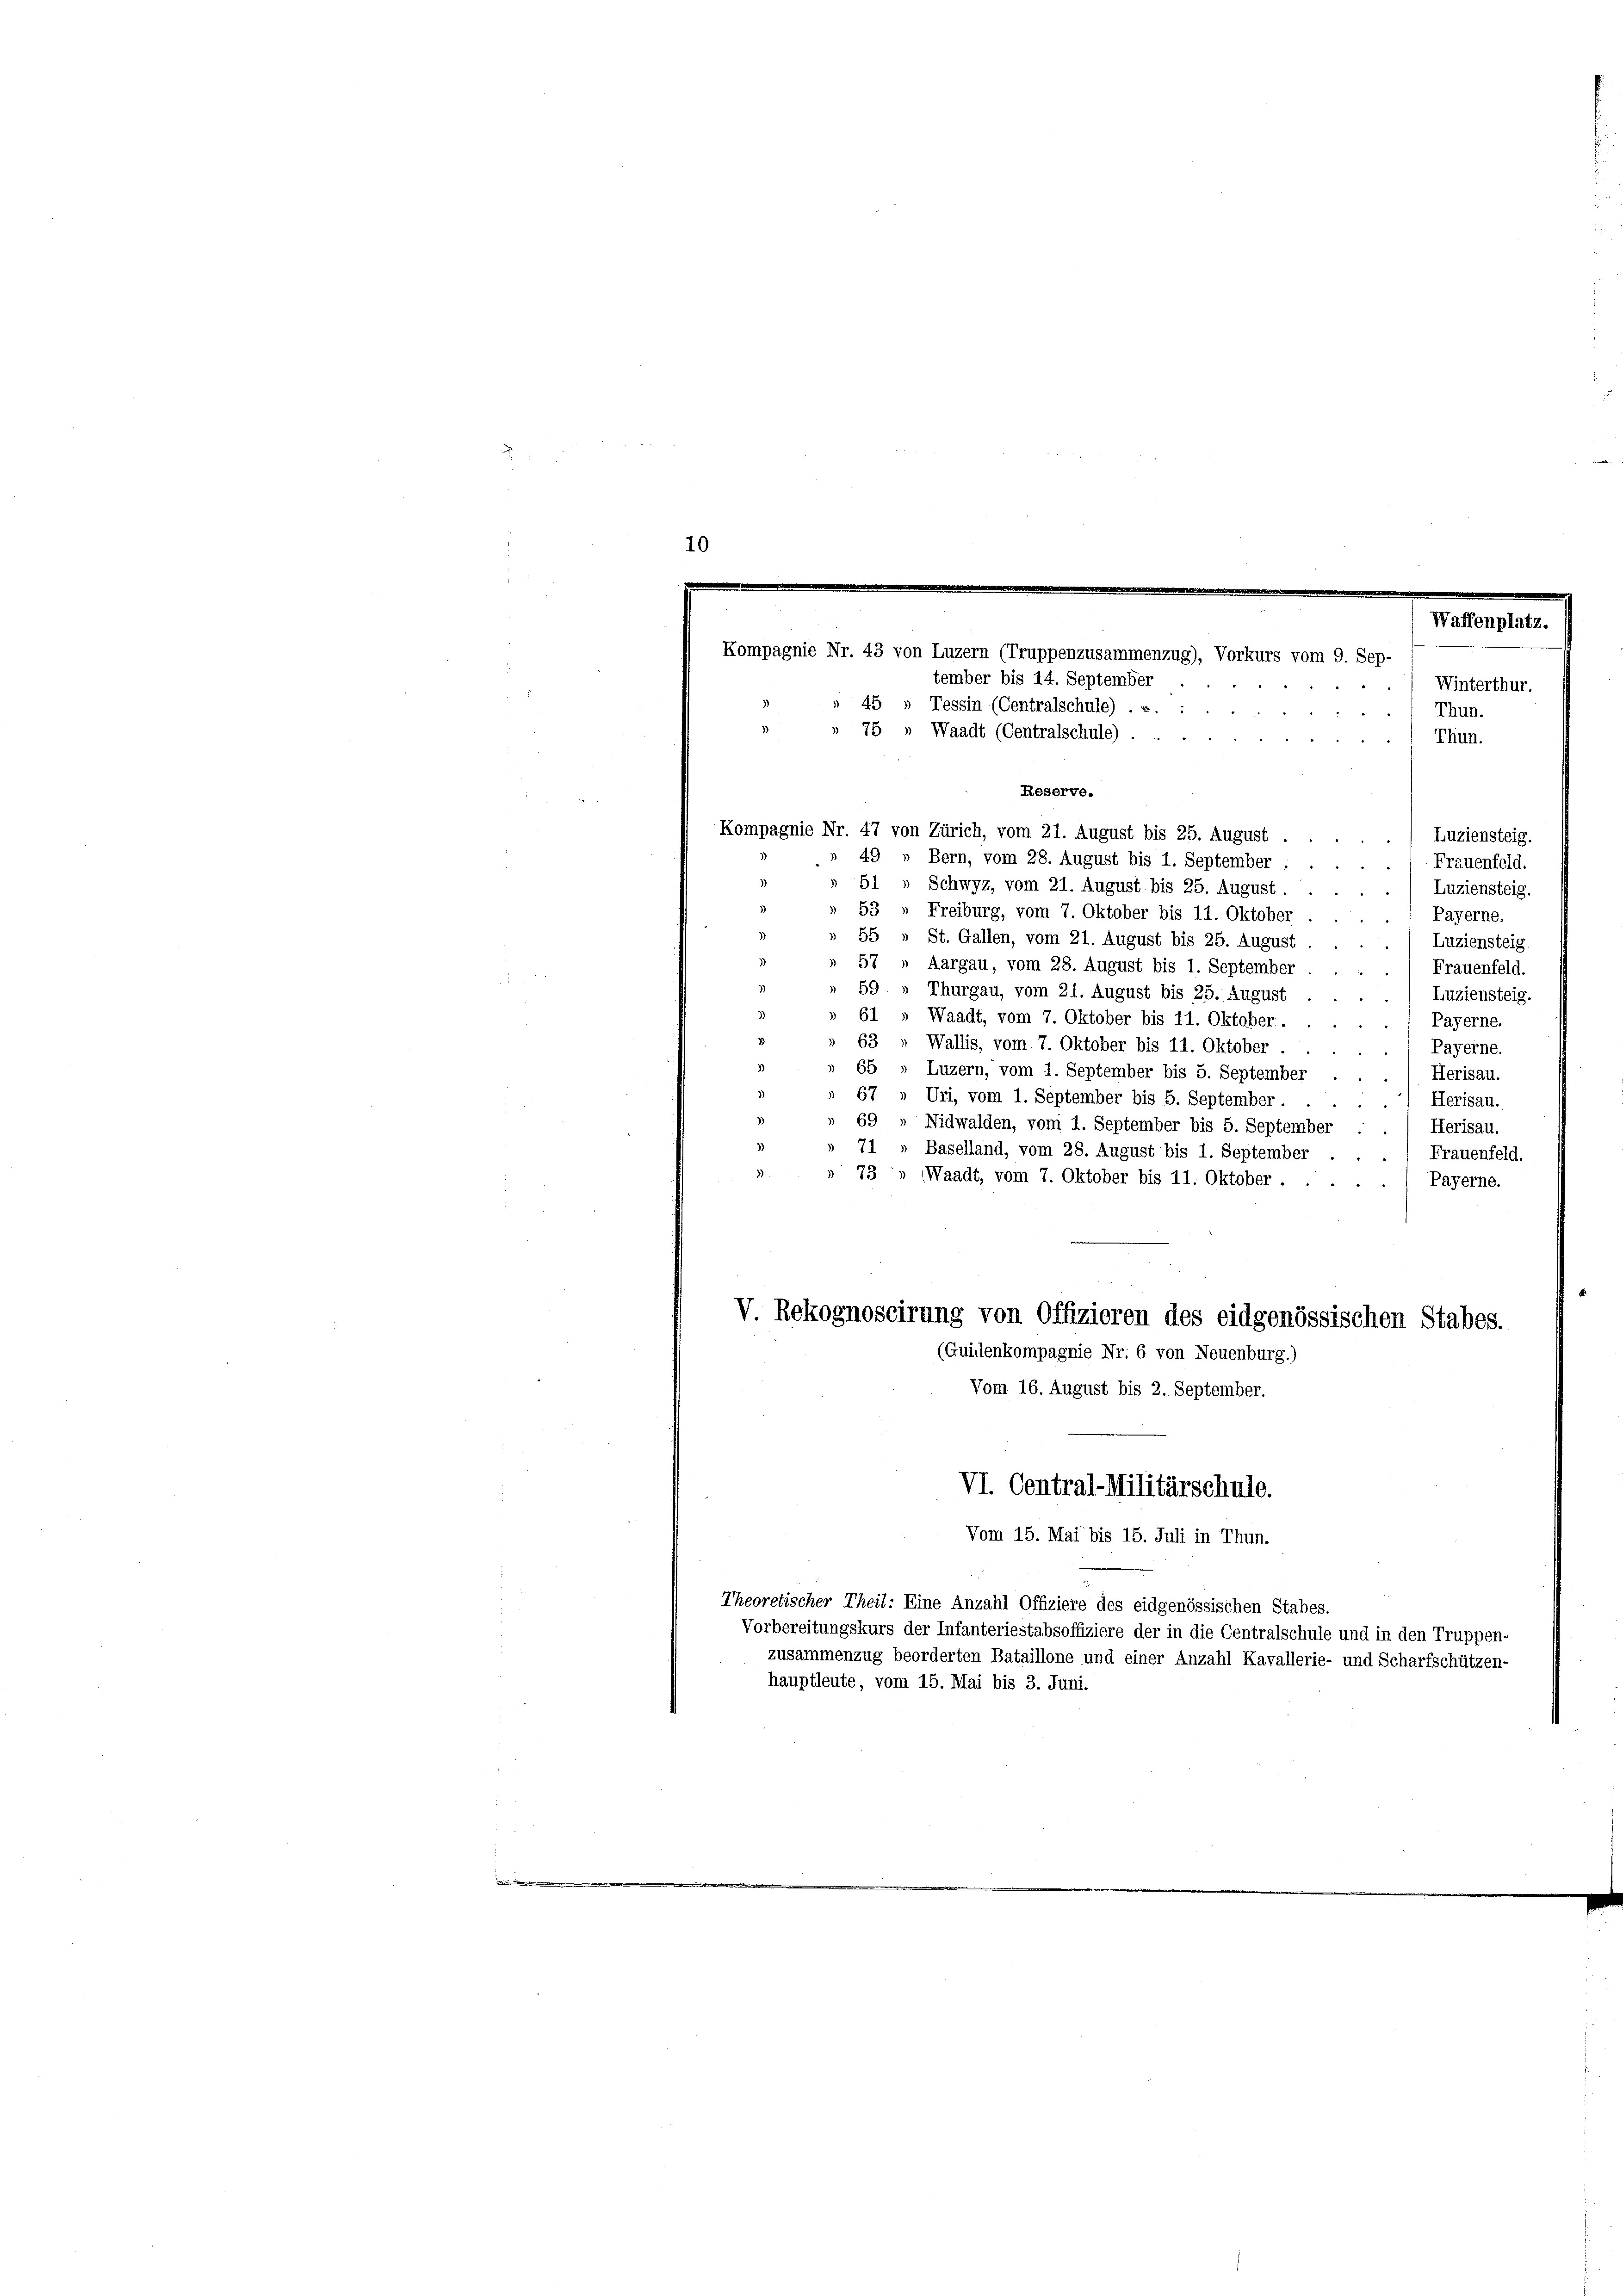
10

Waffenplatz.
Kompagnie Nr. 43 von Luzern (Truppenzusammenzug), Vorkurs vom 9. Sep-
tember bis 14. September
Winterthur.
45 » Tessin (Centralschule) .«. :
Thun.

75 Waadt (Centralschule) . .
Thun.
Reserve.
Kompagnie Nr. 47 von Zürich, vom 21. August bis 25. August .
Luziensteig.
49 n Bern, vom 28. August bis 1. September
/Frauenfeld.
51 » Schwyz, vom 21. August bis 25. August.
Luziensteig.
53 " Freiburg, vom 7. Oktober bis 11. Oktober
Payerne.
55 » St. Gallen, vom 21. August bis 25. August
Luziensteig.
57 „ Aargau, vom 28. August bis 1. September
Frauenfeld.
59 » Thurgau, vom 21. August bis 25. August
Luziensteig.
61 » Waadt, vom 7. Oktober bis 11. Oktober.
Payerne.
63 „ Wallis, vom 7. Oktober bis 11. Oktober
Payerne.
65 » Luzern, vom 1. September bis 5. September
Herisau.
67 „ Uri, vom 1. September bis 5. September.
) Herisau.
69 » Nidwalden, vom 1. September bis 5. September
Herisau.
71
Baselland, vom 28. August bis 1. September
Frauenfeld.
73» (Waadt, vom 7. Oktober bis 11. Oktober.
Payerne.
V. Rekognoscirung von Offizieren des eidgenössischen Stabes.
(Quillenkompagnie Nr. 6 von Neuenburg.)
Vom 16. August bis 2. September.
VI. Central-Militärschule.
Vom 15. Mai bis 15. Juli in Thun.
Theoretischer Theil: Eine Anzahl Offiziere des eidgenössischen Stabes.
Vorbereitungskurs der Infanteriestabsoffiziere der in die Centralschule und in den Truppen-
zusammenzug beorderten Bataillone und einer Anzahl Kavallerie- und Scharfschützen-
hauptleute, vom 15. Mai bis 3. Juni.